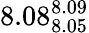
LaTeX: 8.08_{8.05}^{8.09}